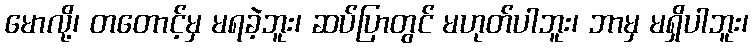
မောလို့၊ တတောင့်မှ မရခဲ့ဘူး၊ ဆပ်ပြာတွင် မဟုတ်ပါဘူး၊ ဘာမှ မရှိပါဘူး၊